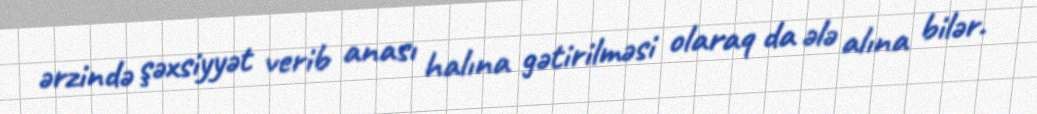
ərzində şəxsiyyət verib anası halına gətirilməsi olaraq da ələ alına bilər.